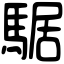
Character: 𩤅